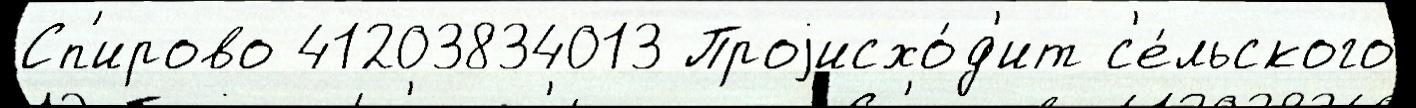
Сп'ирово 41203834013 Проjисхо́д'ит с'е́льского